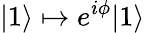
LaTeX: |1\rangle\mapsto e^{i\phi}|1\rangle